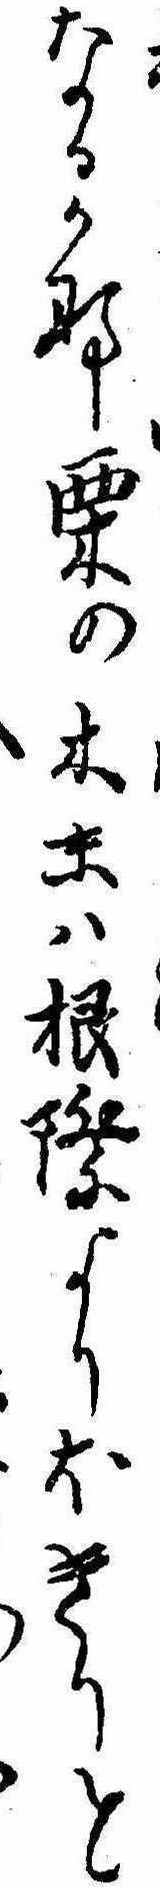
なるかな栗の木末は根際よりほきりと